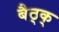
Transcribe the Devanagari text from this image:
बैठ्क्